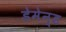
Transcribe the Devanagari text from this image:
डेमेन्ड